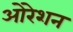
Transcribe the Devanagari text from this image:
ओरेशन